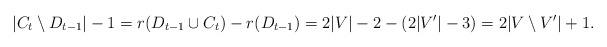
LaTeX: \begin{align*}|C_t\setminus D_{t-1}|-1=r(D_{t-1}\cup C_t)-r(D_{t-1})=2|V|-2-(2|V'|-3)=2|V\setminus V'|+1.\end{align*}